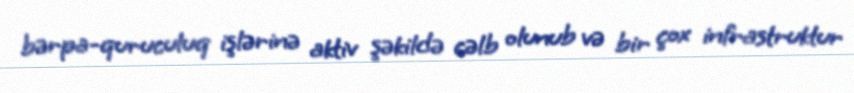
bərpa-quruculuq işlərinə aktiv şəkildə cəlb olunub və bir çox infrastruktur